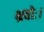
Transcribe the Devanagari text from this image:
भ्रवोः।